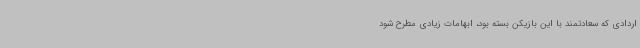
اردادی که سعادتمند با این بازیکن بسته بود، ابهامات زیادی مطرح شود